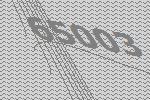
65003